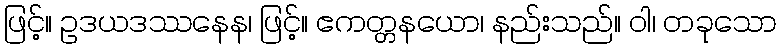
ဖြင့်။ ဥဒယဒဿနေန၊ ဖြင့်။ ဧကတ္တနယော၊ နည်းသည်။ ဝါ၊ တခုသော